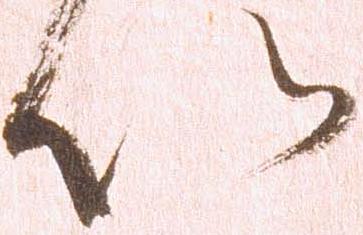
以